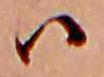
ハ